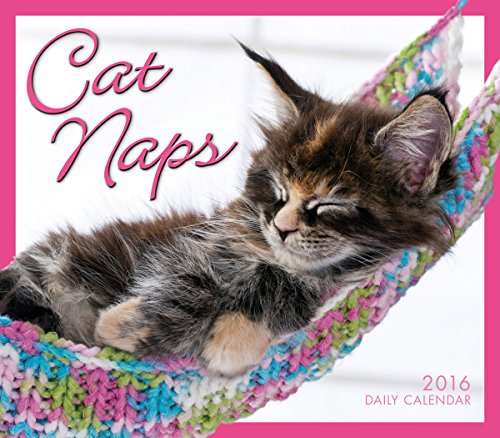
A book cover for Cat Naps 2016 Boxed/Daily Calendar; Sellers Publishing; Calendars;